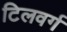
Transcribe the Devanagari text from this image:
टिलवर्ग